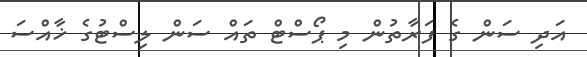
އަދި ސަން ގެ ފަރާތުން މި ޕޯސްޓް ތައް ސަން ލިސްޓުގެ ޚާއްސަ